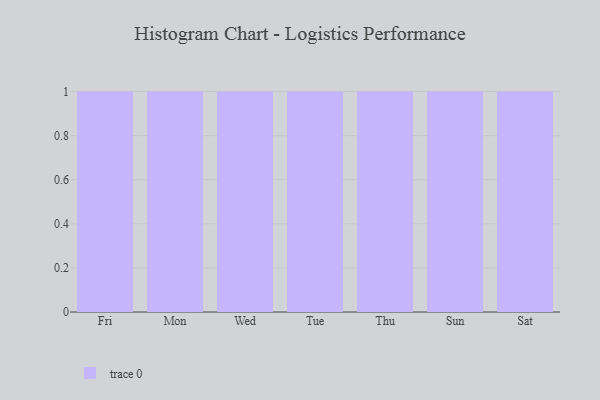
{"axis": {"x": "Day", "y": "Shipments"}, "legend": [""], "data": [{"x": "Fri", "y": 95, "type": ""}, {"x": "Mon", "y": 92, "type": ""}, {"x": "Wed", "y": 69, "type": ""}, {"x": "Tue", "y": 44, "type": ""}, {"x": "Thu", "y": 8, "type": ""}, {"x": "Sun", "y": 36, "type": ""}, {"x": "Sat", "y": 40, "type": ""}]}